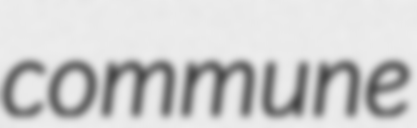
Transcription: commune